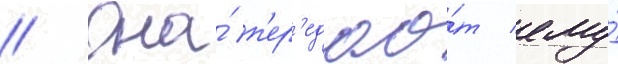
// Она́ п'ер'едао́т ему́